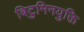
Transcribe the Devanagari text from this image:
बिटुमिनयुक्ति